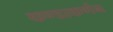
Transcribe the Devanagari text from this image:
कण्डाकर्णन